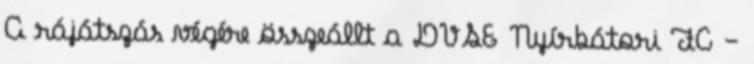
A rájátszás végére összeállt a DVSE Nyírbátori FC –